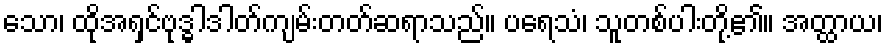
သော၊ ထိုအရှင်ဗုဒ္ဓါဒါတ်ကျမ်းတတ်ဆရာသည်။ ပရေသံ၊ သူတစ်ပါးတို့၏။ အတ္ထာယ၊